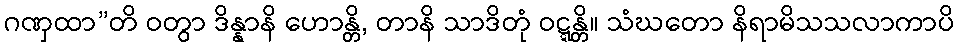
ဂဏှထာ”တိ ဝတွာ ဒိန္နာနိ ဟောန္တိ, တာနိ သာဒိတုံ ဝဋ္ဋန္တိ။ သံဃတော နိရာမိသသလာကာပိ